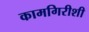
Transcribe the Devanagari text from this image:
कामगिरीशी